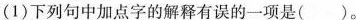
(1)下列句中加点字的解释有误的一项是( )。